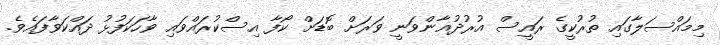
މިމައްސަލާގައި ތުރުކީގެ ރައީސް އުރުދުޣާންވަނީ ވަރަށް ބޮޑަށް ކޯފާ އިސްކުރައްވައި ވާހަކަފުޅު ދައްކަވާފައެވެ.